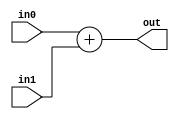
module coreir_add #(
    parameter width = 1
) (
    input [width-1:0] in0,
    input [width-1:0] in1,
    output [width-1:0] out
);
  assign out = in0 + in1;
endmodule

module corebit_const #(
    parameter value = 1
) (
    output out
);
  assign out = value;
endmodule

module Add2_cout (
    input [1:0] I0,
    input [1:0] I1,
    output [1:0] O,
    output COUT
);
wire bit_const_0_None_out;
wire [2:0] coreir_add3_inst0_out;
corebit_const #(
    .value(1'b0)
) bit_const_0_None (
    .out(bit_const_0_None_out)
);
wire [2:0] coreir_add3_inst0_in0;
assign coreir_add3_inst0_in0 = {bit_const_0_None_out,I0};
wire [2:0] coreir_add3_inst0_in1;
assign coreir_add3_inst0_in1 = {bit_const_0_None_out,I1};
coreir_add #(
    .width(3)
) coreir_add3_inst0 (
    .in0(coreir_add3_inst0_in0),
    .in1(coreir_add3_inst0_in1),
    .out(coreir_add3_inst0_out)
);
assign O = coreir_add3_inst0_out[1:0];
assign COUT = coreir_add3_inst0_out[2];
endmodule